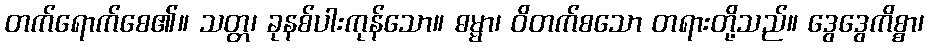
တက်ရောက်စေ၏။ သတ္တ၊ ခုနစ်ပါးကုန်သော။ ဓမ္မာ၊ ဝိတက်စသော တရားတို့သည်။ ဒွေဒွေကိစ္စာ၊